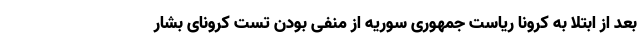
بعد از ابتلا به کرونا ریاست جمهوری سوریه از منفی بودن تست کرونای بشار